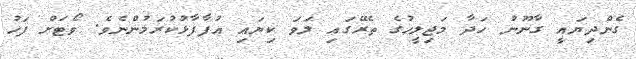
ގެންދިޔައީ ގާނޫނު ހަދާ މަޖިލީހުގެ ތެރޭގައި ލަވަ ކިޔައި އުފާފާޅުކުރަމުންނެވެ. ވޯޓަށް ފަހު